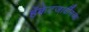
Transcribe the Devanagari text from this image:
हॅकेटजार्वींनच्या